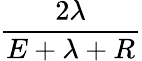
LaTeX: \frac{2\lambda}{E+\lambda+R}